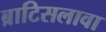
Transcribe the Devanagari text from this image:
ब्राटिसलावा